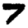
Digit: 7